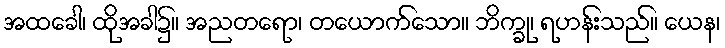
အထခေါ၊ ထိုအခါ၌။ အညတရော၊ တယောက်သော။ ဘိက္ခု၊ ရဟန်းသည်။ ယေန၊